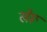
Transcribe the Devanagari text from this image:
खेरू